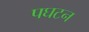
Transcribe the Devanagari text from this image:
पघटन